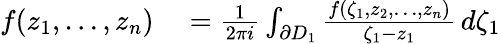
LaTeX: \begin{array}{rl}{f(z_{1},\ldots,z_{n})}&{{}={\frac{1}{2\pi i}}\int_{\partial D_{1}}{\frac{f(\zeta_{1},z_{2},\ldots,z_{n})}{\zeta_{1}-z_{1}}}\, d\zeta_{1}}\end{array}